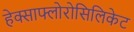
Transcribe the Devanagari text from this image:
हेक्साफ्लोरोसिलिकेट